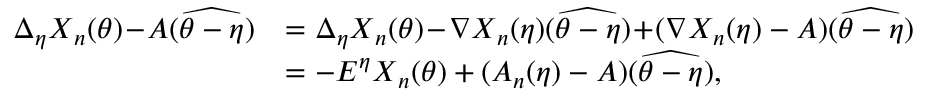
\begin{array} { r l } { \Delta _ { { \boldsymbol { \eta } } } \boldsymbol { X } _ { n } ( { \boldsymbol { \theta } } ) \! - \! A ( \widehat { { \boldsymbol { \theta } } - { \boldsymbol { \eta } } } ) } & { = \Delta _ { { \boldsymbol { \eta } } } \boldsymbol { X } _ { n } ( { \boldsymbol { \theta } } ) \! - \! \nabla \boldsymbol { X } _ { n } ( { \boldsymbol { \eta } } ) ( \widehat { { \boldsymbol { \theta } } - { \boldsymbol { \eta } } } ) \! + \! ( \nabla \boldsymbol { X } _ { n } ( { \boldsymbol { \eta } } ) - A ) ( \widehat { { \boldsymbol { \theta } } - { \boldsymbol { \eta } } } ) } \\ & { = - E ^ { { \boldsymbol { \eta } } } \boldsymbol { X } _ { n } ( { \boldsymbol { \theta } } ) + ( A _ { n } ( { \boldsymbol { \eta } } ) - A ) ( \widehat { { \boldsymbol { \theta } } - { \boldsymbol { \eta } } } ) , } \end{array}